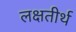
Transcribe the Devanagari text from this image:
लक्षतीर्थ